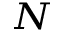
_ { \cal N }